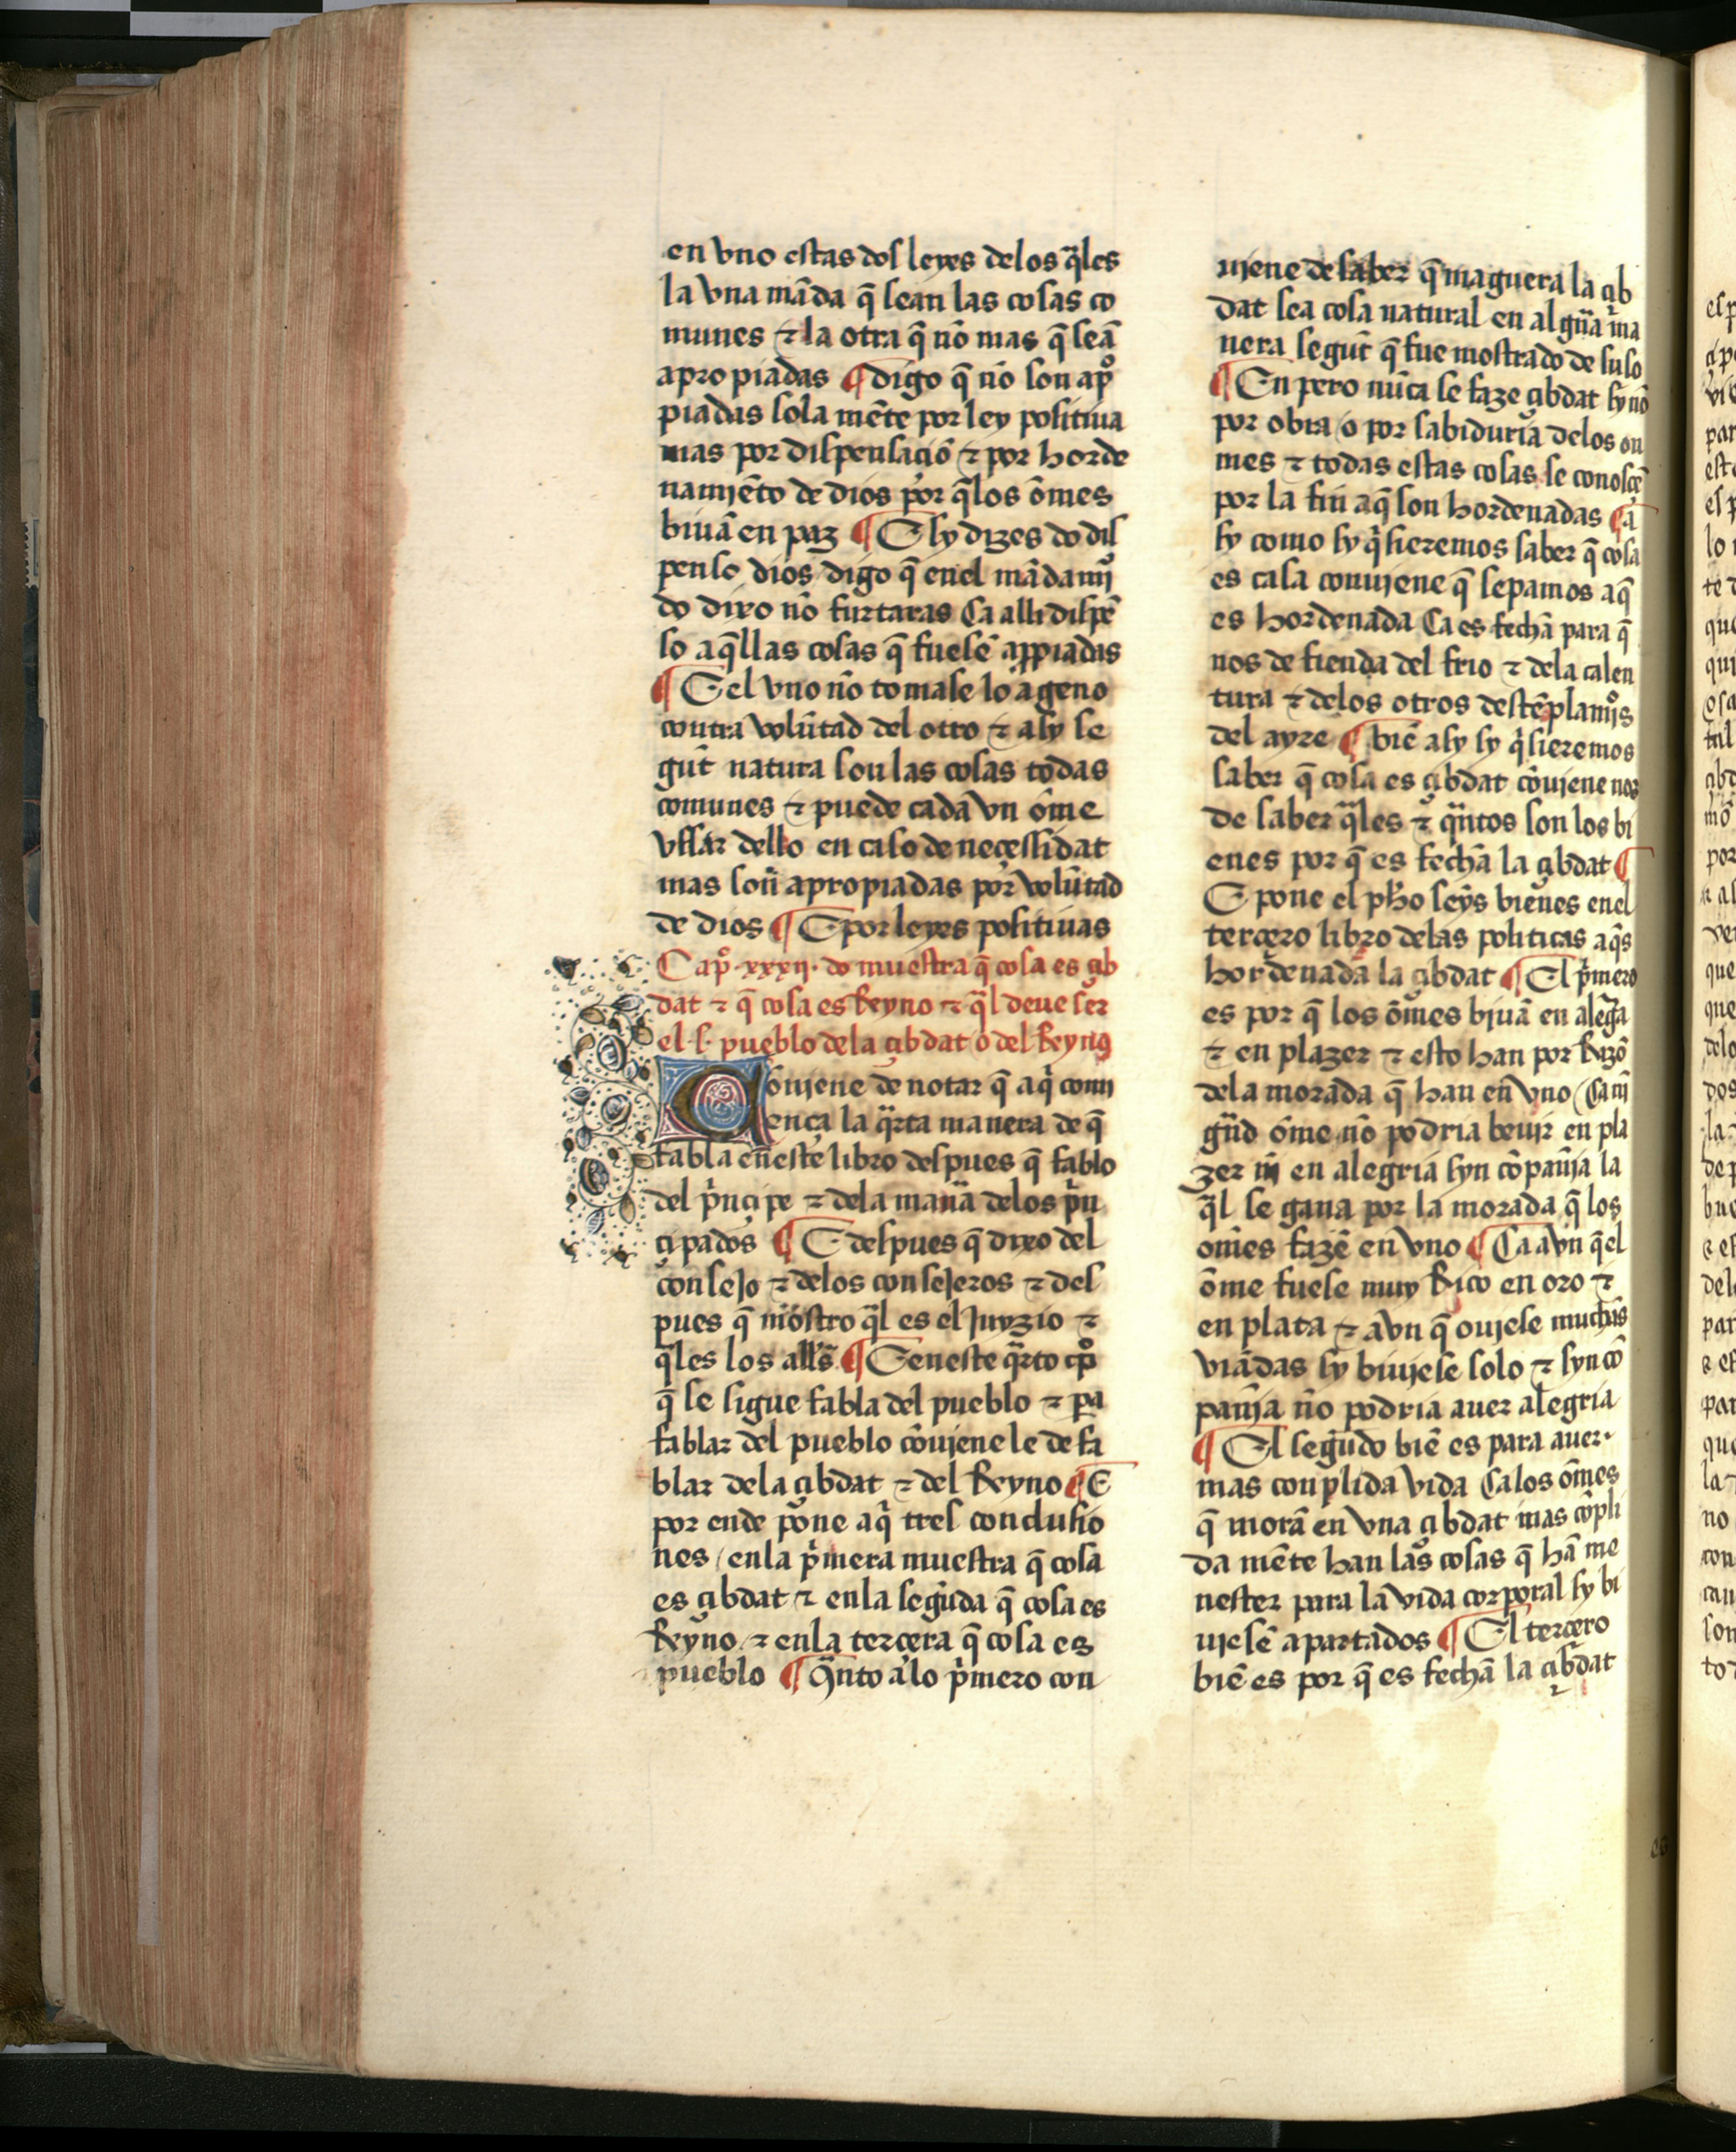
Shelfmark: Salamanca, Biblioteca Histórica USAL, 2709
Century: 15